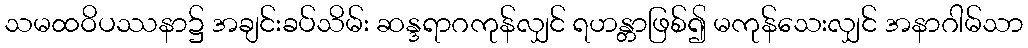
သမထဝိပဿနာ၌ အချင်းခပ်သိမ်း ဆန္ဒရာဂကုန်လျှင် ရဟန္တာဖြစ်၍ မကုန်သေးလျှင် အနာဂါမ်သာ